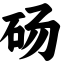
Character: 砀